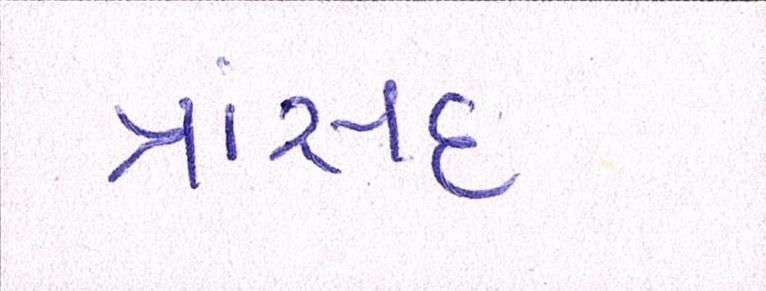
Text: ત્રાંસદ